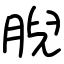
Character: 腉